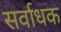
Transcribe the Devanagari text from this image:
सर्वाधक